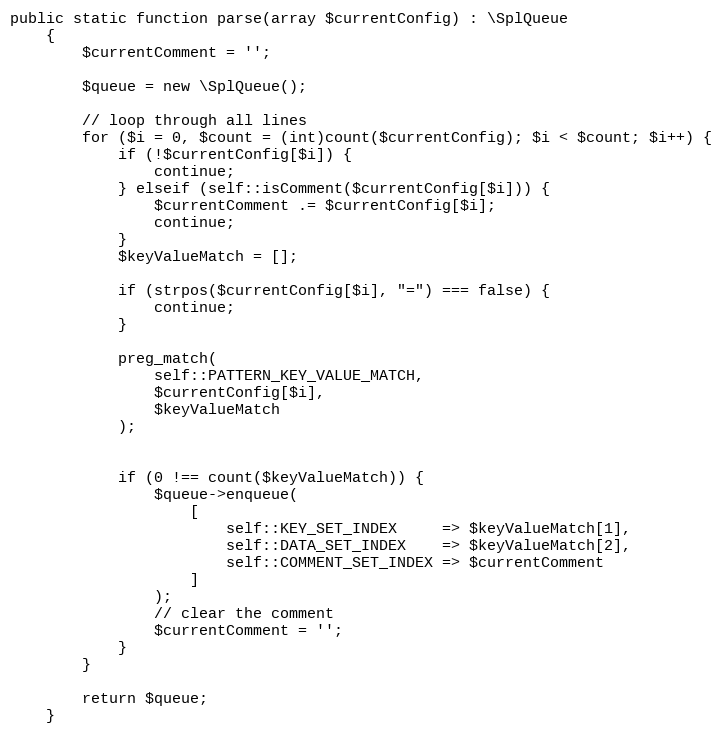
Language: PHP
public static function parse(array $currentConfig) : \SplQueue
    {
        $currentComment = '';

        $queue = new \SplQueue();

        // loop through all lines
        for ($i = 0, $count = (int)count($currentConfig); $i < $count; $i++) {
            if (!$currentConfig[$i]) {
                continue;
            } elseif (self::isComment($currentConfig[$i])) {
                $currentComment .= $currentConfig[$i];
                continue;
            }
            $keyValueMatch = [];

            if (strpos($currentConfig[$i], "=") === false) {
                continue;
            }

            preg_match(
                self::PATTERN_KEY_VALUE_MATCH,
                $currentConfig[$i],
                $keyValueMatch
            );

            if (0 !== count($keyValueMatch)) {
                $queue->enqueue(
                    [
                        self::KEY_SET_INDEX     => $keyValueMatch[1],
                        self::DATA_SET_INDEX    => $keyValueMatch[2],
                        self::COMMENT_SET_INDEX => $currentComment
                    ]
                );
                // clear the comment
                $currentComment = '';
            }
        }

        return $queue;
    }